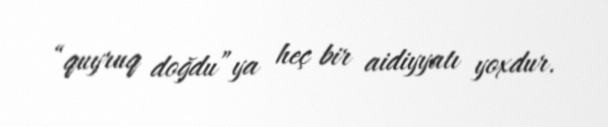
“quyruq doğdu”ya heç bir aidiyyatı yoxdur.